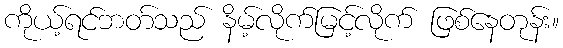
ကိုယ့်ရင်ဘတ်သည် နိမ့်လိုက်မြင့်လိုက် ဖြစ်နေတုန်း။